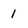
Character: 1